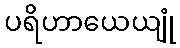
ပရိဟာယေယျုံ